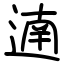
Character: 遖